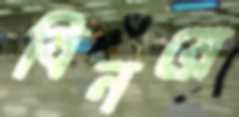
বিনয়ে